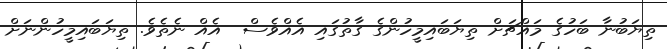
ތިޔަބުނާ ބަހުގެ މައްޗަށް ތިޔަބައިމީހުންގެ ގާތުގައި އެއްވެސް  އެއް ނެތެވެ. ތިޔަބައިމީހުންނަށް